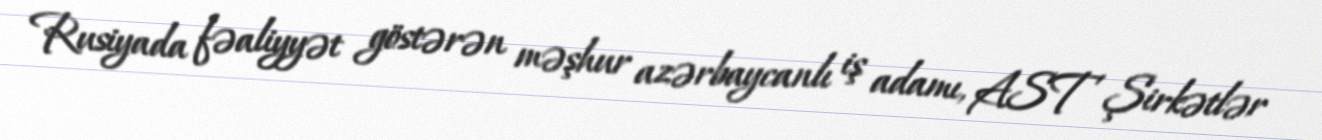
Rusiyada fəaliyyət göstərən məşhur azərbaycanlı iş adamı, AST Şirkətlər